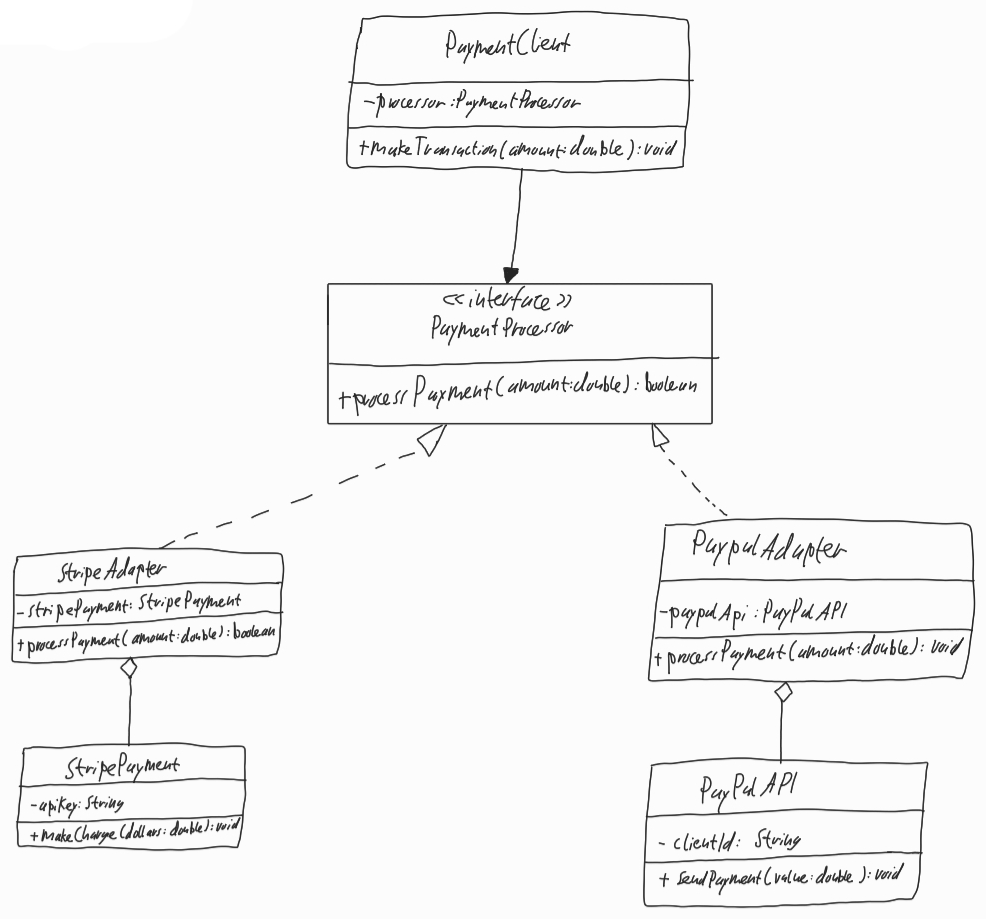
Diagram type: class_diagram
```plantuml
@startuml

class PaymentClient {
  - processor: PaymentProcessor
  + makeTransaction(amount: double): void
}

interface PaymentProcessor {
  + processPayment(amount: double): boolean
}

class StripeAdapter implements PaymentProcessor {
  - stripePayment: StripePayment
  + processPayment(amount: double): boolean
}

class StripePayment {
  - apiKey: String
  + makeCharge(dollars: double): void
}

class PayPalAdapter implements PaymentProcessor {
  - paypalApi: PayPalAPI
  + processPayment(amount: double): boolean
}

class PayPalAPI {
  - clientId: String
  + sendPayment(value: double): void
}

PaymentClient --> PaymentProcessor

StripeAdapter o-- StripePayment

PayPalAdapter o-- PayPalAPI

@enduml
```